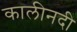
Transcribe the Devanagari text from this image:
कालीनदी